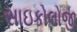
સાઇકોલોજી